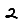
Digit: 2